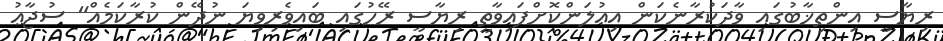
ރިޔާސީ އިންތިޚާބުގައި ވާދަކުރާނެކަން އިޢުލަންކޮށްފައިވާތީ ރިޔާސީ ރޭހުގައި ބައިވެރިވިޔަ ނުދޭން ކުރާކަމެއް" ސުޖާޢު